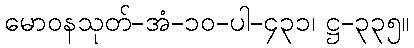
မောဝနသုတ်-အံ-၁၀-ပါ-၄၃၁၊ ဋ္ဌ-၃၃၅။